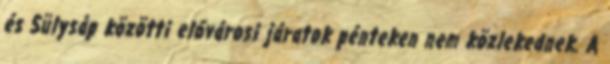
és Sülysáp közötti elővárosi járatok pénteken nem közlekednek. A